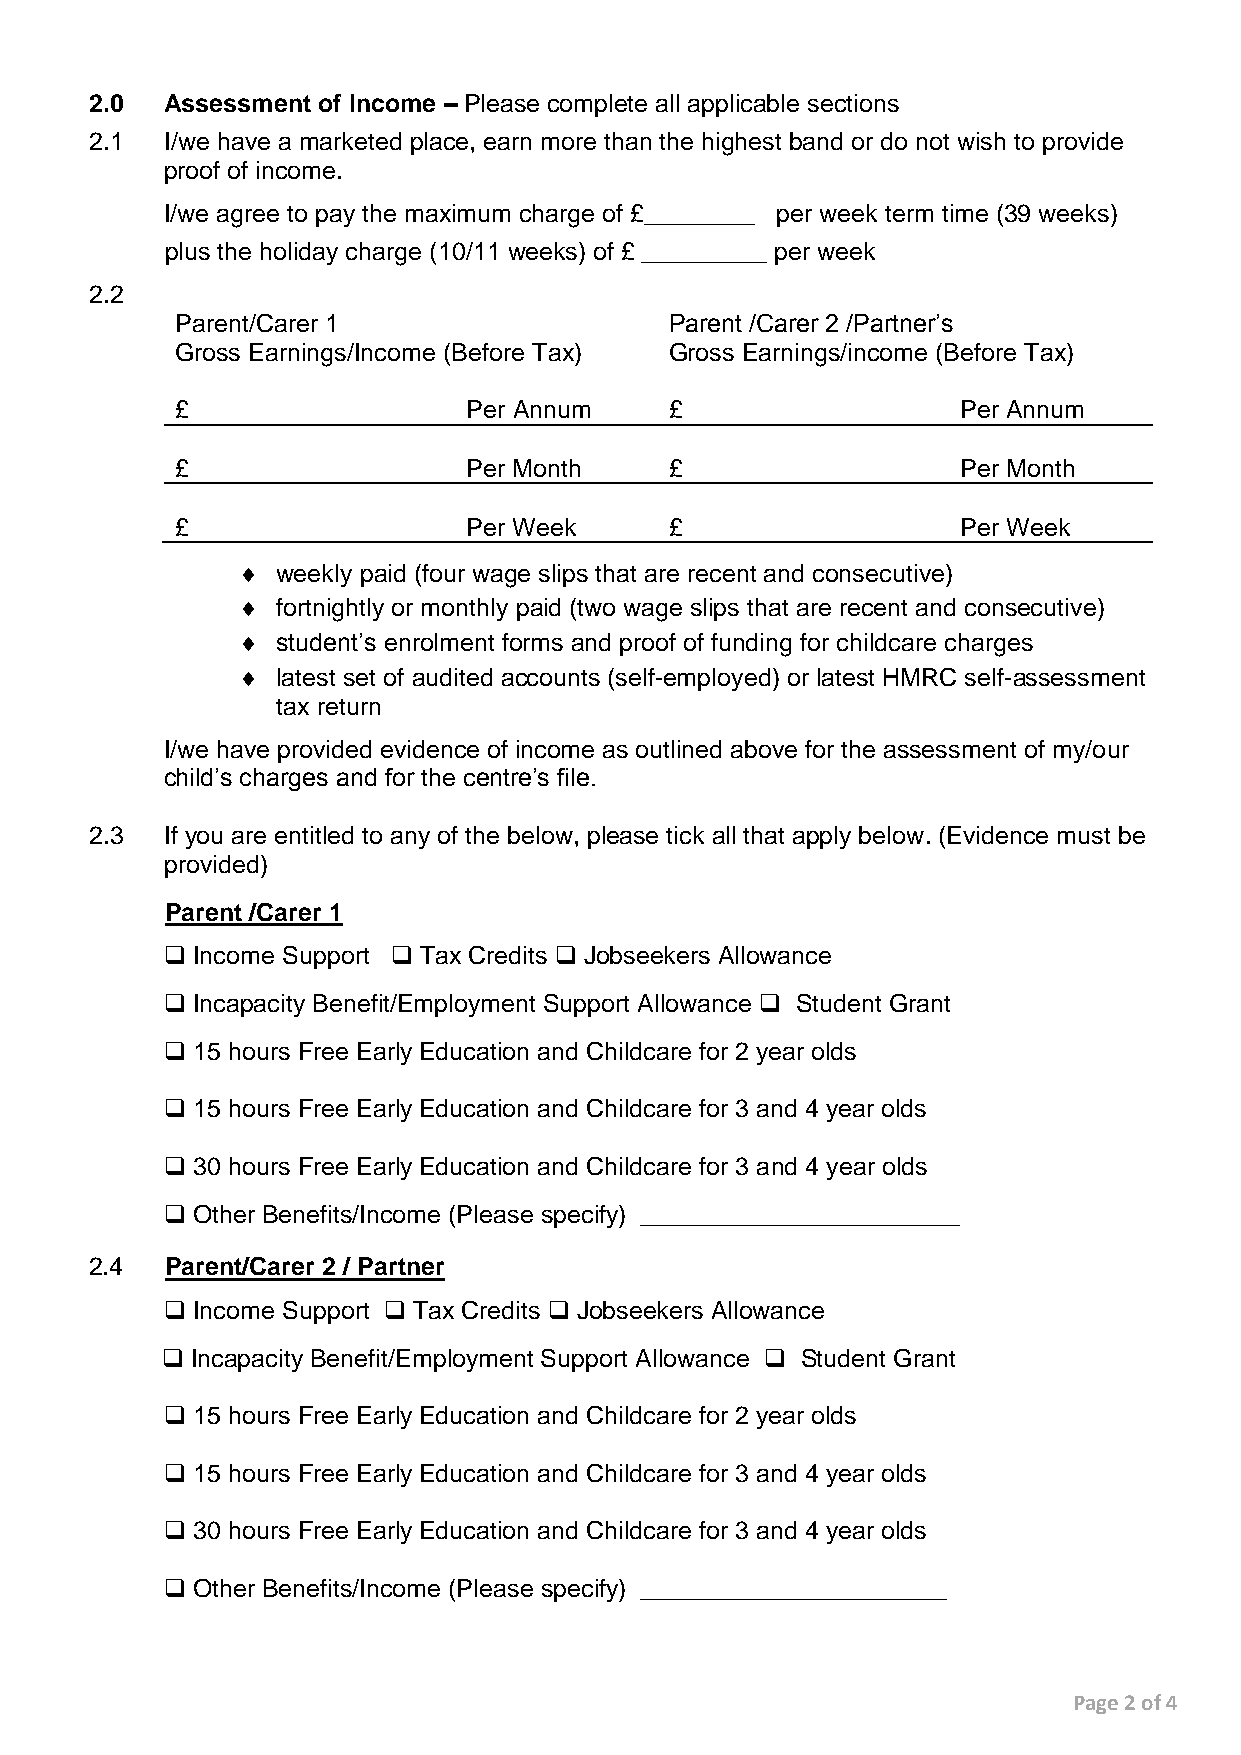
2.0  Assessment of Income – Please complete all applicable sections
 2.1  I/we have a marketed place, earn more than the highest band or do not wish to provide
 proof of income.
 I/we agree to pay the maximum charge of £________ per week term time (39 weeks)
 plus the holiday charge (10/11 weeks) of £ _________ per week
 2.2
 Parent/Carer 1                  Parent /Carer 2 /Partner’s
 Gross Earnings/Income (Before Tax) Gross Earnings/income (Before Tax)
 £                  Per Annum    £                   Per Annum
 £                  Per Month    £                   Per Month
 £                  Per Week     £                   Per Week
  weekly paid (four wage slips that are recent and consecutive)
  fortnightly or monthly paid (two wage slips that are recent and consecutive)
  student’s enrolment forms and proof of funding for childcare charges
  latest set of audited accounts (self-employed) or latest HMRC self-assessment
 tax return
 I/we have provided evidence of income as outlined above for the assessment of my/our
 child’s charges and for the centre’s file.
 2.3  If you are entitled to any of the below, please tick all that apply below. (Evidence must be
 provided)
 Parent /Carer 1
  Income Support  Tax Credits  Jobseekers Allowance
  Incapacity Benefit/Employment Support Allowance  Student Grant
  15 hours Free Early Education and Childcare for 2 year olds
  15 hours Free Early Education and Childcare for 3 and 4 year olds
  30 hours Free Early Education and Childcare for 3 and 4 year olds
  Other Benefits/Income (Please specify) _______________________
 2.4  Parent/Carer 2 / Partner
  Income Support  Tax Credits  Jobseekers Allowance
  Incapacity Benefit/Employment Support Allowance  Student Grant
  15 hours Free Early Education and Childcare for 2 year olds
  15 hours Free Early Education and Childcare for 3 and 4 year olds
  30 hours Free Early Education and Childcare for 3 and 4 year olds
  Other Benefits/Income (Please specify) ______________________
 Page 2 of 4